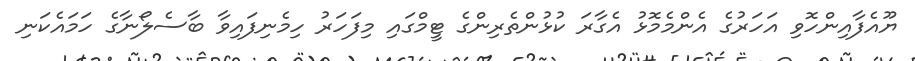
ޔޫއެފާއިންހޮވި އަހަރުގެ އެންމެމޮޅު އެގާރަ ކުޅުންތެރިންގެ ޓީމްގައި މިފަހަރު ހިމެނިފައިވާ ބާސެލޯނާގެ ހަމައެކަނި